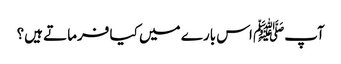
آپﷺ اس بارے میں کیا فرماتے ہیں؟